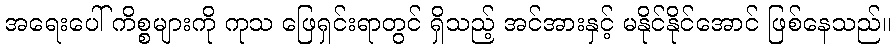
အရေးပေါ် ကိစ္စများကို ကုသ ဖြေရှင်းရာတွင် ရှိသည့် အင်အားနှင့် မနိုင်နိုင်အောင် ဖြစ်နေသည်။